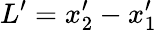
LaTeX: L^{\prime}=x_{2}^{\prime}-x_{1}^{\prime}